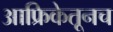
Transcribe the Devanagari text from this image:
आफ्रिकेतूनच